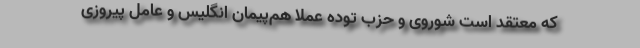
كه معتقد است شوروی و حزب توده عملا هم‌پیمان انگلیس و عامل پیروزی